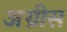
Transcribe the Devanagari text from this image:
अग्रीस